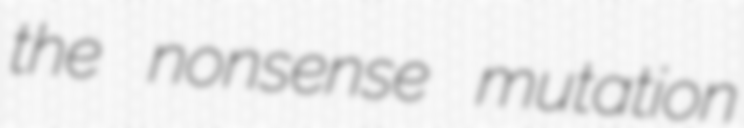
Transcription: the nonsense mutation